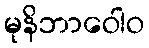
မုနိဘာဝေါဝ